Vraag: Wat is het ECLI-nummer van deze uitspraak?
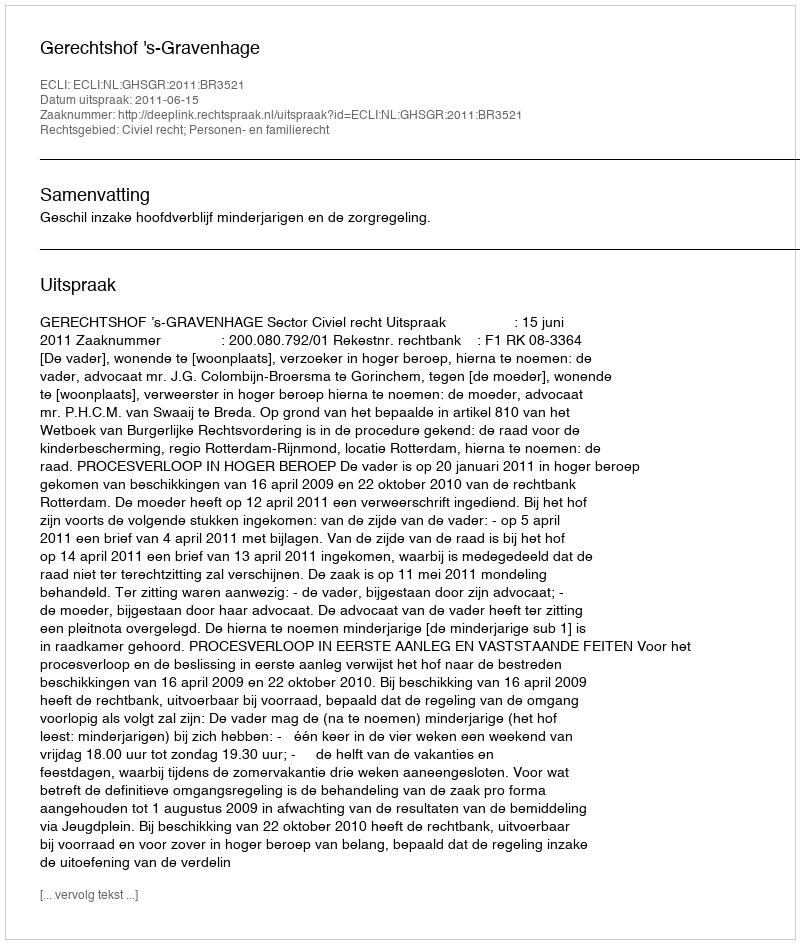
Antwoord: ECLI:NL:GHSGR:2011:BR3521